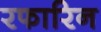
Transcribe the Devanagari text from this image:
रफारिन